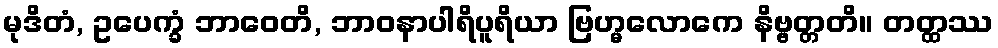
မုဒိတံ, ဥပေက္ခံ ဘာဝေတိ, ဘာဝနာပါရိပူရိယာ ဗြဟ္မလောကေ နိဗ္ဗတ္တတိ။ တတ္ထဿ